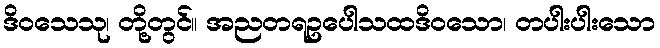
ဒိဝသေသု၊ တို့တွင်။ အညတရဥပေါသထဒိဝသော၊ တပါးပါးသော